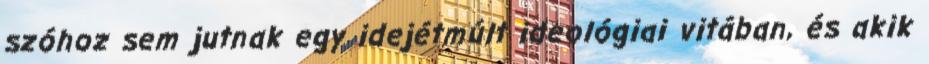
szóhoz sem jutnak egy idejétmúlt ideológiai vitában, és akik